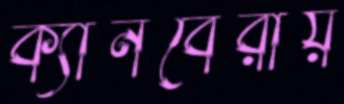
ক্যানবেরায়